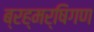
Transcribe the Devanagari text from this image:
ब्रह्मर्षिगण